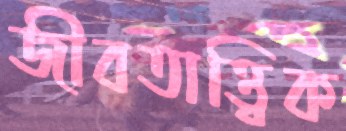
জীবতাত্ত্বিক